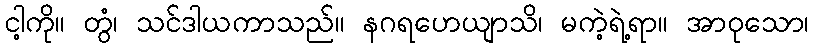
ငါ့ကို။ တွံ၊ သင်ဒါယကာသည်။ နဂရဟေယျာသိ၊ မကဲ့ရဲ့ရာ။ အာဝုသော၊